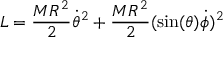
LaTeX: L = { \frac { M R ^ { 2 } } { 2 } } { \dot { \theta } } ^ { 2 } + { \frac { M R ^ { 2 } } { 2 } } ( \sin ( \theta ) { \dot { \phi } } ) ^ { 2 }